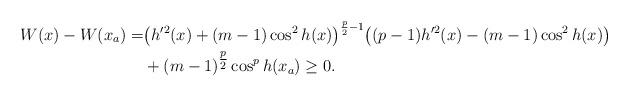
LaTeX: \begin{align*}W(x)-W(x_a)=&\big(h'^2(x)+(m-1)\cos^2 h(x)\big)^{\frac{p}{2}-1}\big((p-1)h'^2(x)-(m-1)\cos^2 h(x)\big)\\&+(m-1)^{\tfrac{p}{2}}\cos^p h(x_a)\geq 0.\end{align*}